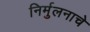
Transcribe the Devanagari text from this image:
निर्मुलनाचे